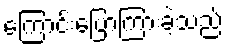
ကြောင်းပြောကြားခဲ့သည်